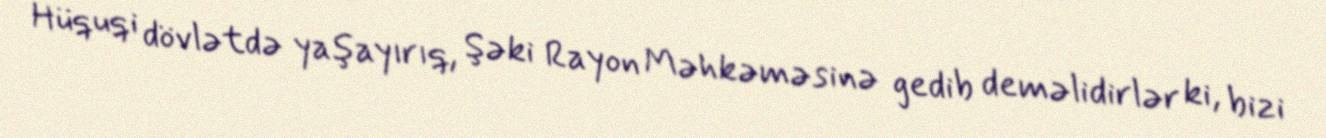
Hüquqi dövlətdə yaşayırıq, Şəki Rayon Məhkəməsinə gedib deməlidirlər ki, bizi